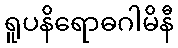
ရူပနိရောဓဂါမိနီ